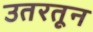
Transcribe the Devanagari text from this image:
उतरतून